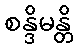
စန္ဒိမန္တိ